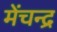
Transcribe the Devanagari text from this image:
मेंचन्द्र